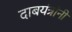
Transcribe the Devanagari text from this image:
दाबयंत्रांनी